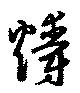
爝